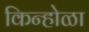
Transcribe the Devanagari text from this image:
किन्होळा